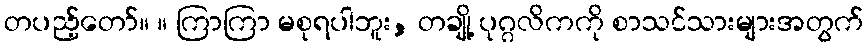
တပည့်တော်။ ။ ကြာကြာ မစုရပါဘူး, တချို့ ပုဂ္ဂလိကကို စာသင်သားများအတွက်